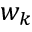
w _ { k }